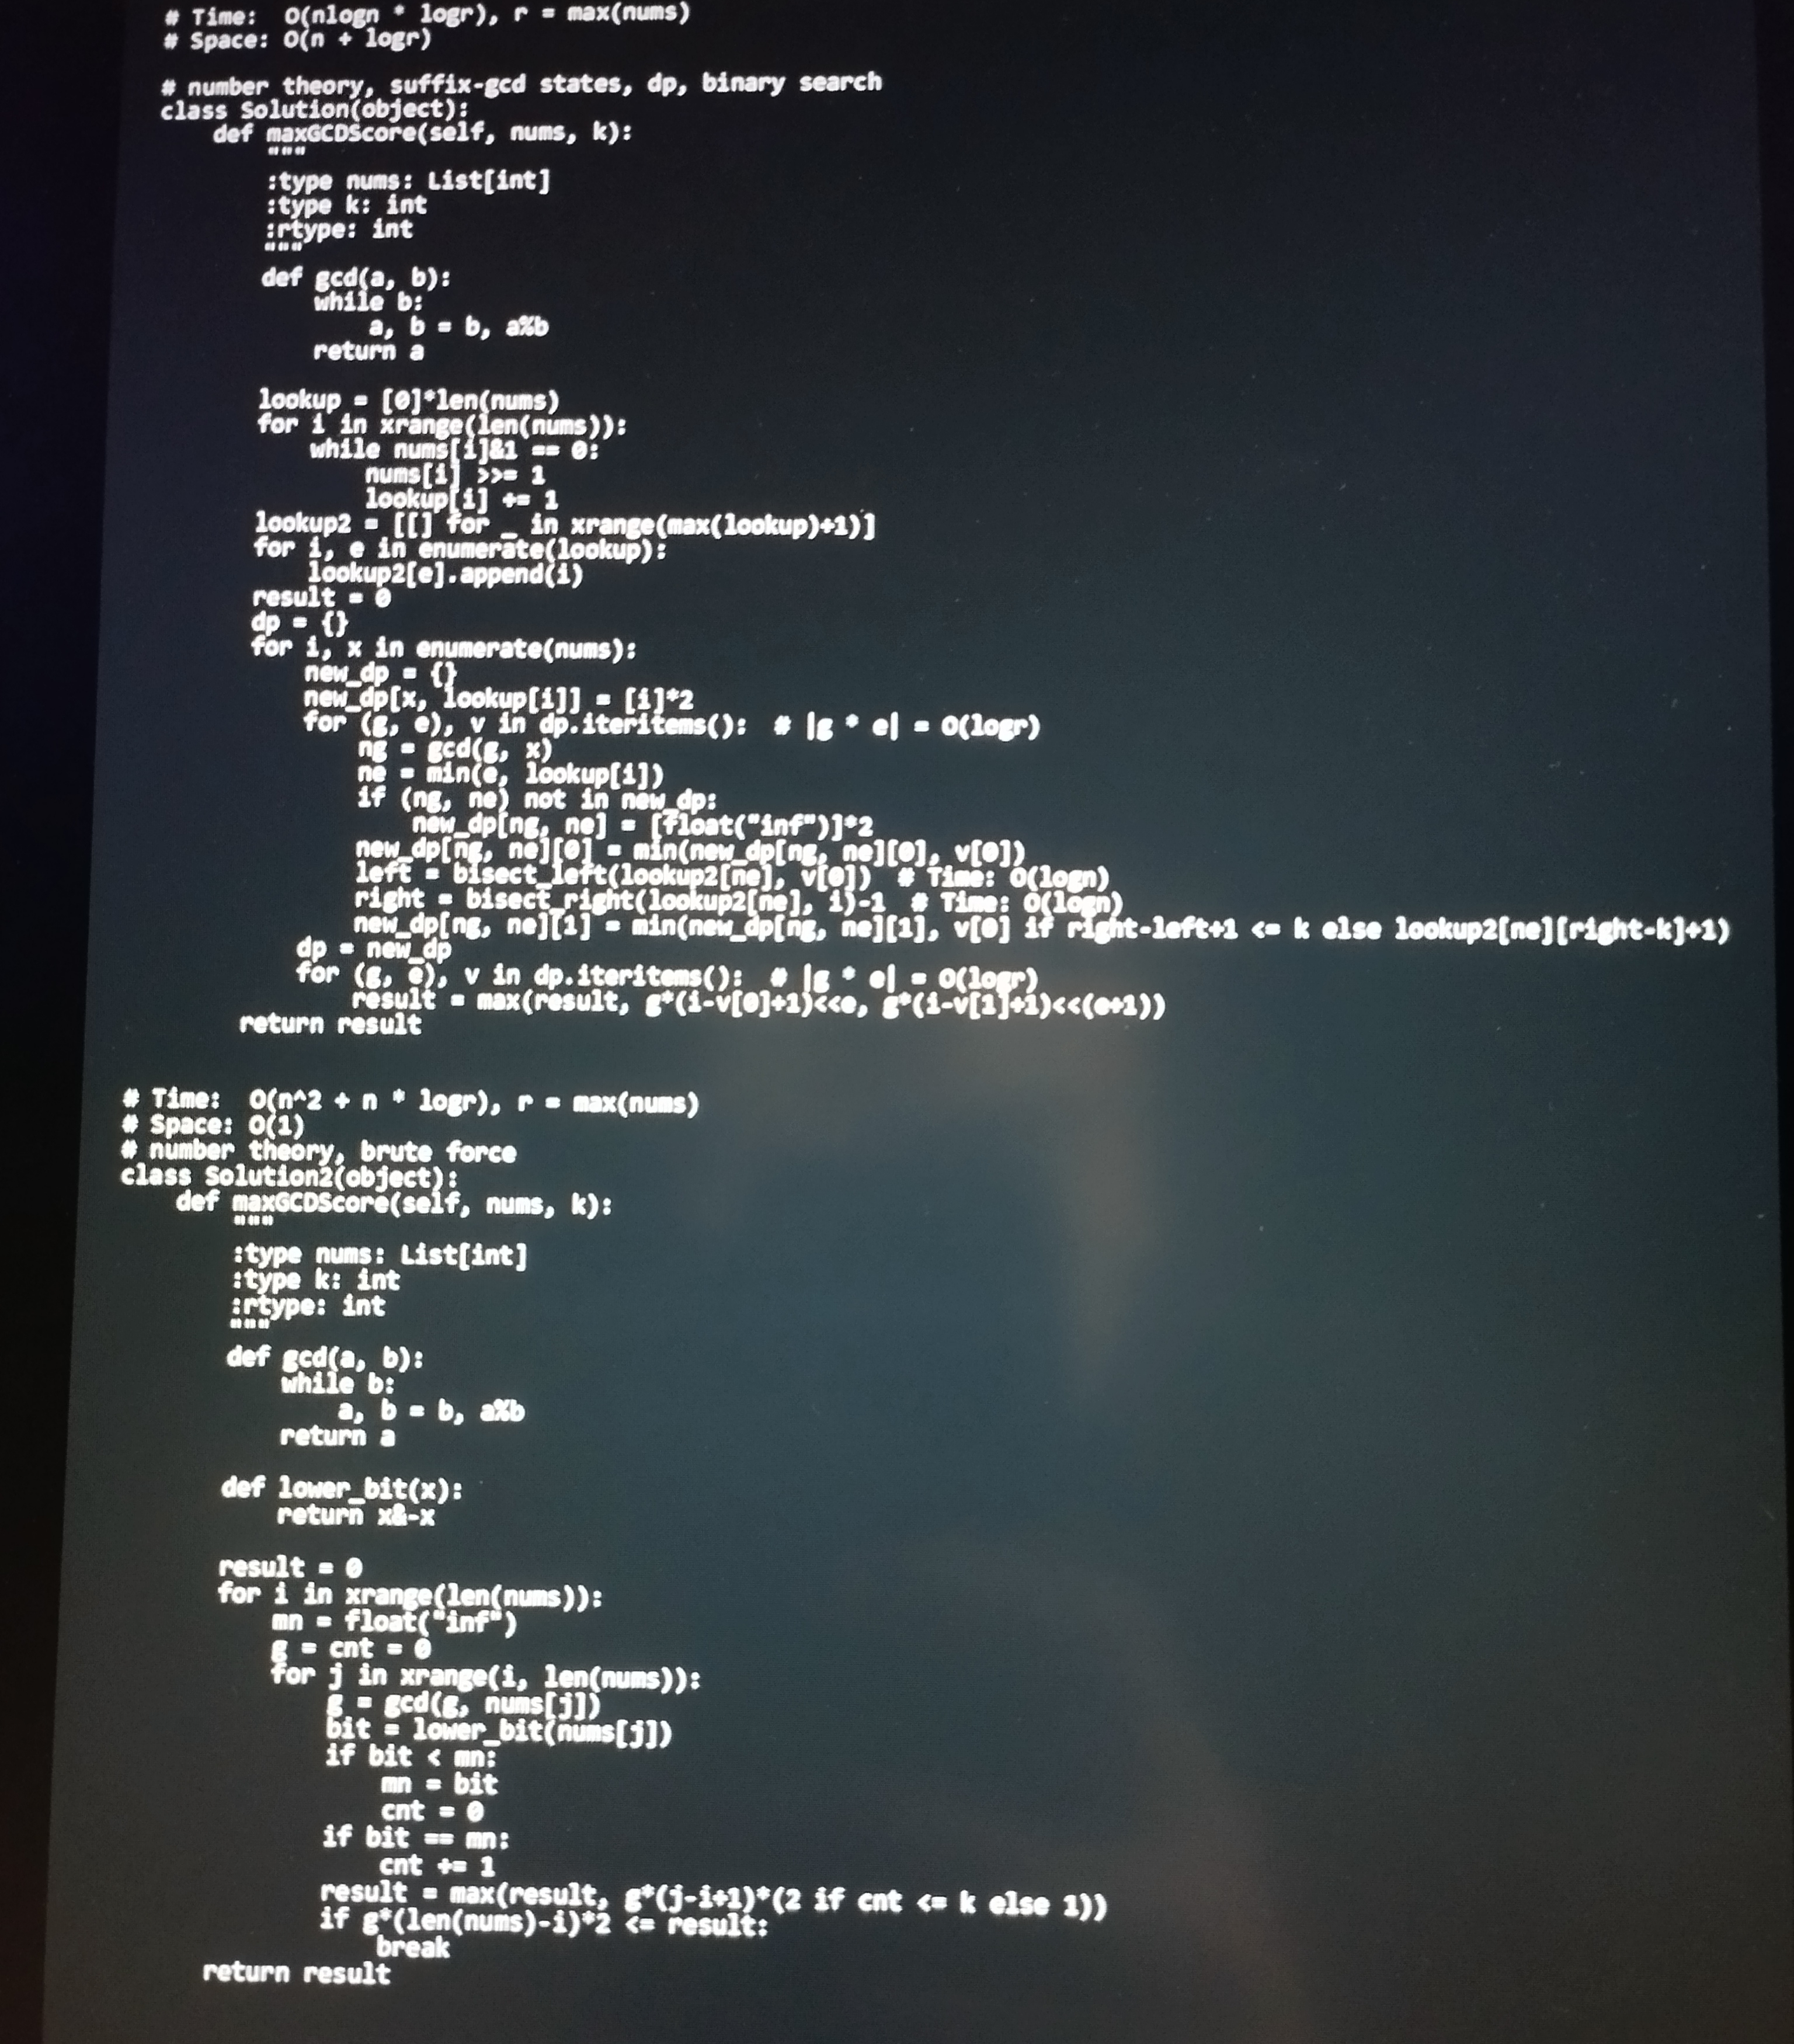
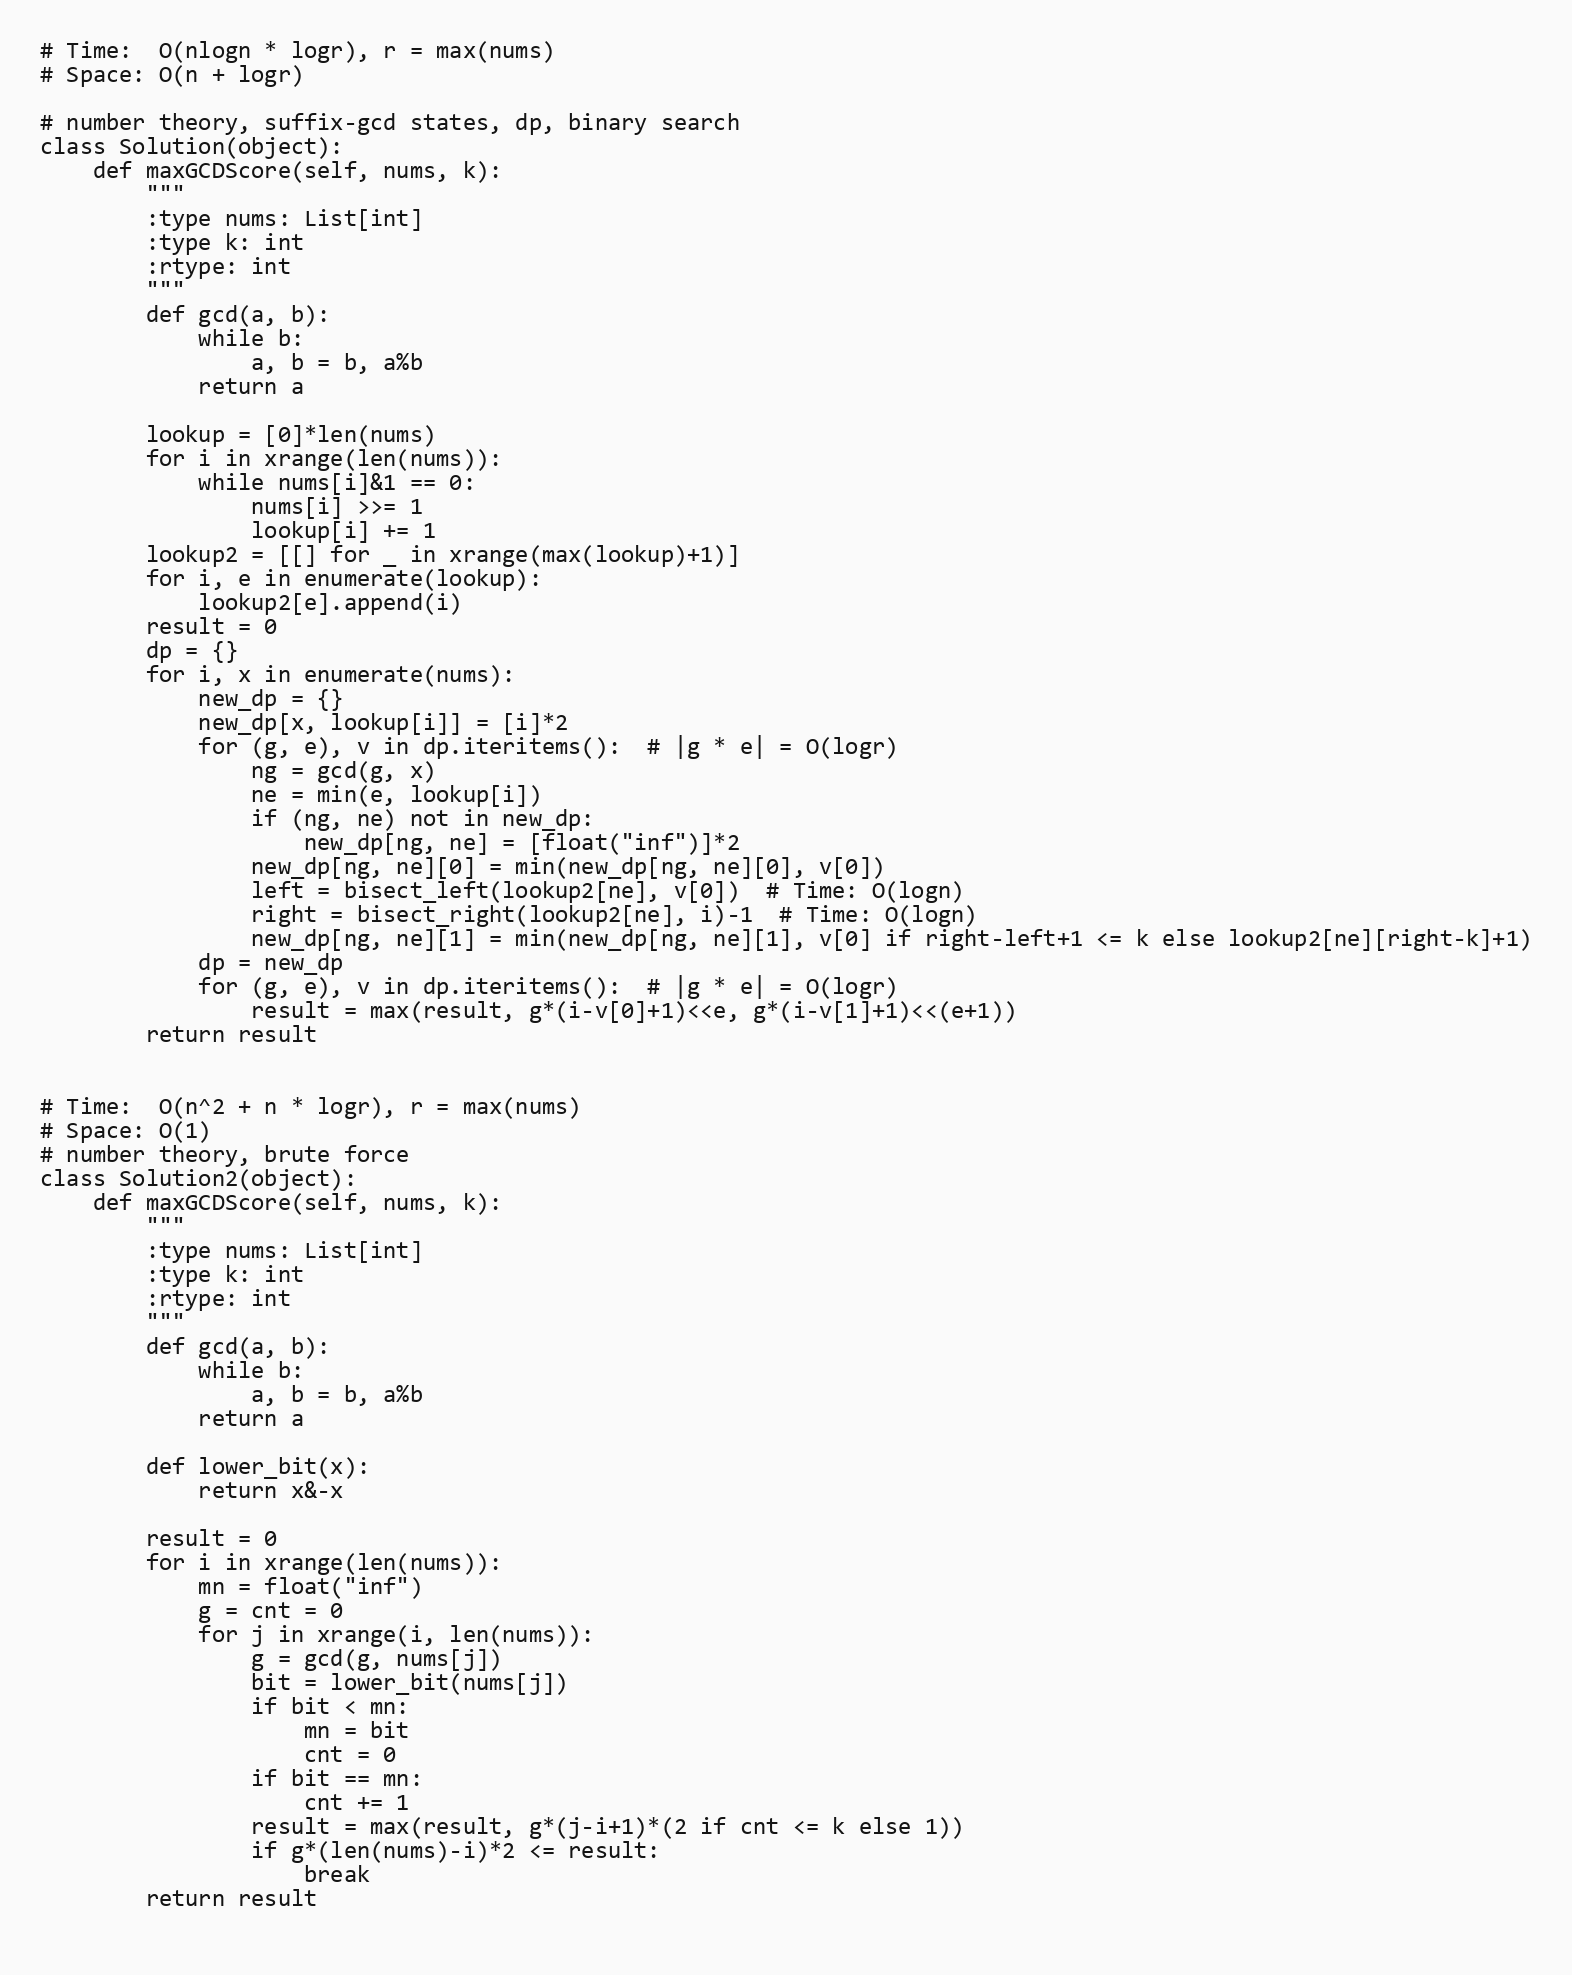
# Time:  O(nlogn * logr), r = max(nums)
# Space: O(n + logr)

# number theory, suffix-gcd states, dp, binary search
class Solution(object):
    def maxGCDScore(self, nums, k):
        """
        :type nums: List[int]
        :type k: int
        :rtype: int
        """
        def gcd(a, b):
            while b:
                a, b = b, a%b
            return a

        lookup = [0]*len(nums)
        for i in xrange(len(nums)):
            while nums[i]&1 == 0:
                nums[i] >>= 1
                lookup[i] += 1
        lookup2 = [[] for _ in xrange(max(lookup)+1)]
        for i, e in enumerate(lookup):
            lookup2[e].append(i)
        result = 0
        dp = {}
        for i, x in enumerate(nums):
            new_dp = {}
            new_dp[x, lookup[i]] = [i]*2
            for (g, e), v in dp.iteritems():  # |g * e| = O(logr)
                ng = gcd(g, x)
                ne = min(e, lookup[i])
                if (ng, ne) not in new_dp:
                    new_dp[ng, ne] = [float("inf")]*2
                new_dp[ng, ne][0] = min(new_dp[ng, ne][0], v[0])
                left = bisect_left(lookup2[ne], v[0])  # Time: O(logn)
                right = bisect_right(lookup2[ne], i)-1  # Time: O(logn)
                new_dp[ng, ne][1] = min(new_dp[ng, ne][1], v[0] if right-left+1 <= k else lookup2[ne][right-k]+1)
            dp = new_dp
            for (g, e), v in dp.iteritems():  # |g * e| = O(logr)
                result = max(result, g*(i-v[0]+1)<<e, g*(i-v[1]+1)<<(e+1))
        return result

# Time:  O(n^2 + n * logr), r = max(nums)
# Space: O(1)
# number theory, brute force
class Solution2(object):
    def maxGCDScore(self, nums, k):
        """
        :type nums: List[int]
        :type k: int
        :rtype: int
        """
        def gcd(a, b):
            while b:
                a, b = b, a%b
            return a

        def lower_bit(x):
            return x&-x

        result = 0
        for i in xrange(len(nums)):
            mn = float("inf")
            g = cnt = 0
            for j in xrange(i, len(nums)):
                g = gcd(g, nums[j])
                bit = lower_bit(nums[j])
                if bit < mn:
                    mn = bit
                    cnt = 0
                if bit == mn:
                    cnt += 1
                result = max(result, g*(j-i+1)*(2 if cnt <= k else 1))
                if g*(len(nums)-i)*2 <= result:
                    break
        return result